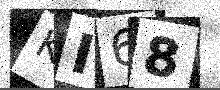
Text: KI68